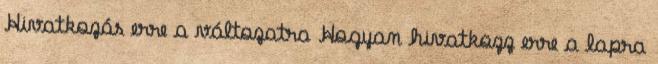
Hivatkozás erre a változatra Hogyan hivatkozz erre a lapra